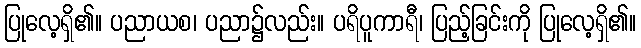
ပြုလေ့ရှိ၏။ ပညာယစ၊ ပညာ၌လည်း။ ပရိပူကာရီ၊ ပြည့်ခြင်းကို ပြုလေ့ရှိ၏။